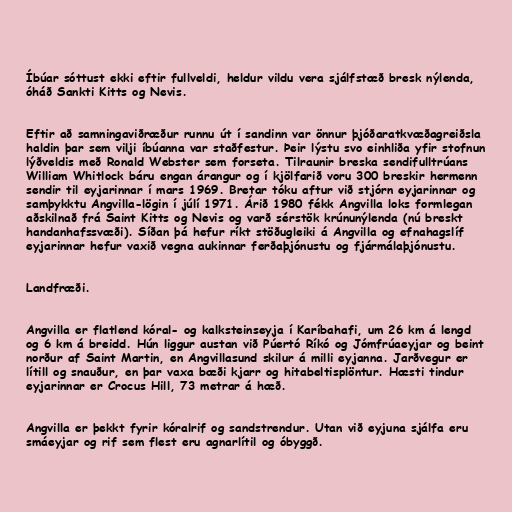
Íbúar sóttust ekki eftir fullveldi, heldur vildu vera sjálfstæð bresk nýlenda,
óháð Sankti Kitts og Nevis.

Eftir að samningaviðræður runnu út í sandinn var önnur þjóðaratkvæðagreiðsla
haldin þar sem vilji íbúanna var staðfestur. Þeir lýstu svo einhliða yfir stofnun
lýðveldis með Ronald Webster sem forseta. Tilraunir breska sendifulltrúans
William Whitlock báru engan árangur og í kjölfarið voru 300 breskir hermenn
sendir til eyjarinnar í mars 1969. Bretar tóku aftur við stjórn eyjarinnar og
samþykktu Angvilla-lögin í júlí 1971. Árið 1980 fékk Angvilla loks formlegan
aðskilnað frá Saint Kitts og Nevis og varð sérstök krúnunýlenda (nú breskt
handanhafssvæði). Síðan þá hefur ríkt stöðugleiki á Angvilla og efnahagslíf
eyjarinnar hefur vaxið vegna aukinnar ferðaþjónustu og fjármálaþjónustu.

Landfræði.

Angvilla er flatlend kóral- og kalksteinseyja í Karíbahafi, um 26 km á lengd
og 6 km á breidd. Hún liggur austan við Púertó Ríkó og Jómfrúaeyjar og beint
norður af Saint Martin, en Angvillasund skilur á milli eyjanna. Jarðvegur er
lítill og snauður, en þar vaxa bæði kjarr og hitabeltisplöntur. Hæsti tindur
eyjarinnar er Crocus Hill, 73 metrar á hæð.

Angvilla er þekkt fyrir kóralrif og sandstrendur. Utan við eyjuna sjálfa eru
smáeyjar og rif sem flest eru agnarlítil og óbyggð.